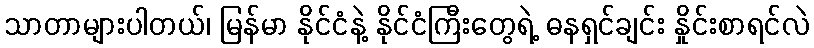
သာတာများပါတယ်၊ မြန်မာ နိုင်ငံနဲ့ နိုင်ငံကြီးတွေရဲ့ ဓနရှင်ချင်း နှိုင်းစာရင်လဲ